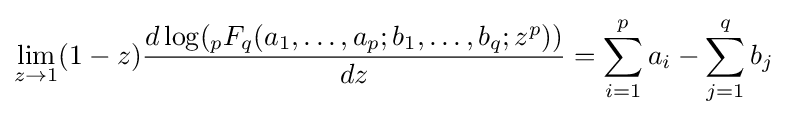
\lim _{z\rightarrow 1}(1-z){\frac {d\log(_{p}F_{q}(a_{1},\ldots ,a_{p};b_{1},\ldots ,b_{q};z^{p}))}{dz}}=\sum _{i=1}^{p}a_{i}-\sum _{j=1}^{q}b_{j}